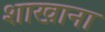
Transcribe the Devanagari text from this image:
शाखाना